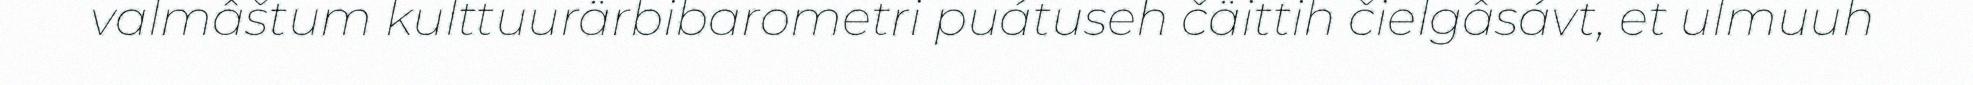
valmâštum kulttuurärbibarometri puátuseh čäittih čielgâsávt, et ulmuuh